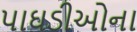
પાઘડીઓના